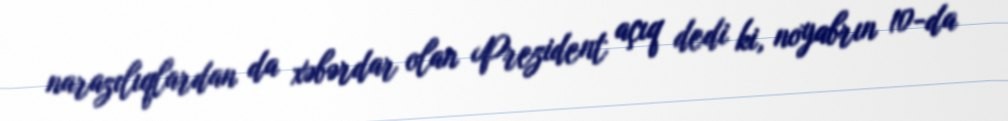
narazılıqlardan da xəbərdar olan Prezident açıq dedi ki, noyabrın 10-da